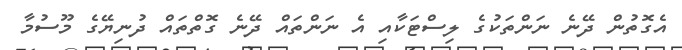
އެގޮތުން ދޭނެ ނަންތަކުގެ ލިސްޓަކާއި އެ ނަންތައް ދޭނެ ގޮތްތައް ދުނިޔޭގެ މޫސުމާ